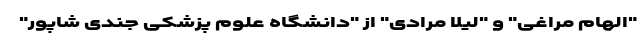
"الهام مراغی" و "لیلا مرادی" از "دانشگاه علوم پزشکی جندی ‌شاپور"